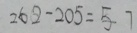
2 6 2 - 2 0 5 = 5 7